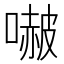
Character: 𭊥